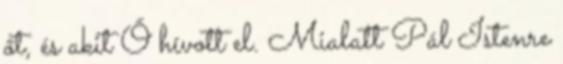
őt, és akit Ő hívott el. Mialatt Pál Istenre